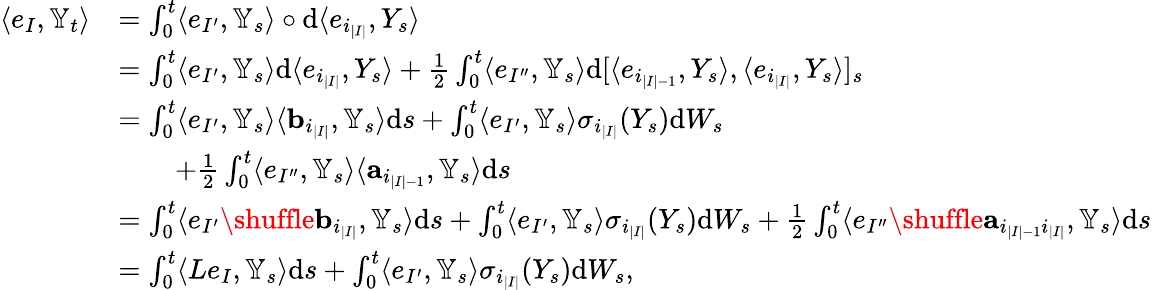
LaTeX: \begin{array}{rl}{\langle e_{I},{{\mathbb Y}}_{t}\rangle}&{=\int_{0}^{t}\langle e_{I^{\prime}},{{\mathbb Y}}_{s}\rangle\circ{\mathrm{d}}\langle e_{i_{|I|}},Y_{s}\rangle}\\ &{=\int_{0}^{t}\langle e_{I^{\prime}},{{\mathbb Y}}_{s}\rangle{{\mathrm{d}}}\langle e_{i_{|I|}},Y_{s}\rangle+\frac{1}{2}\int_{0}^{t}\langle e_{I^{\prime\prime}},{{\mathbb Y}}_{s}\rangle{{\mathrm{d}}}[\langle e_{i_{|I|-1}},Y_{s}\rangle,\langle e_{i_{|I|}},Y_{s}\rangle]_{s}}\\ &{=\int_{0}^{t}\langle e_{I^{\prime}},{\mathbb Y}_{s}\rangle\langle{\mathbf b}_{i_{|I|}},{\mathbb Y}_{s}\rangle{\mathrm{d}}s+\int_{0}^{t}\langle e_{I^{\prime}},{\mathbb Y}_{s}\rangle\sigma_{i_{|I|}}(Y_{s}){\mathrm{d}}W_{s}}\\ &{\qquad+\frac{1}{2}\int_{0}^{t}\langle e_{I^{\prime\prime}},{\mathbb Y}_{s}\rangle\langle{\mathbf a}_{i_{|I|-1}},{\mathbb Y}_{s}\rangle{\mathrm{d}}s}\\ &{=\int_{0}^{t}\langle e_{I^{\prime}}\shuffle{\mathbf b}_{i_{|I|}},{\mathbb Y}_{s}\rangle{\mathrm{d}}s+\int_{0}^{t}\langle e_{I^{\prime}},{\mathbb Y}_{s}\rangle\sigma_{i_{|I|}}(Y_{s}){\mathrm{d}}W_{s}+\frac{1}{2}\int_{0}^{t}\langle e_{I^{\prime\prime}}\shuffle{\mathbf a}_{i_{|I|-1}i_{|I|}},{\mathbb Y}_{s}\rangle{\mathrm{d}}s}\\ &{=\int_{0}^{t}\langle Le_{I},{\mathbb Y}_{s}\rangle{\mathrm{d}}s+\int_{0}^{t}\langle e_{I^{\prime}},{\mathbb Y}_{s}\rangle\sigma_{i_{|I|}}(Y_{s}){\mathrm{d}}W_{s},}\end{array}